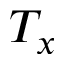
T _ { x }